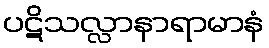
ပဋိသလ္လာနာရာမာနံ